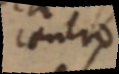
centro